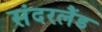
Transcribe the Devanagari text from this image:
संदरलैंड